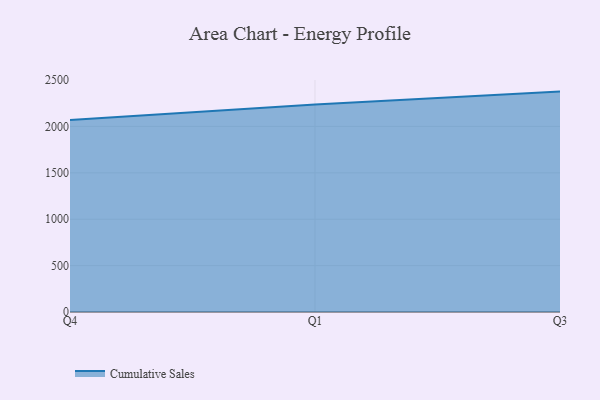
{"axis": {"x": "Quarter", "y": "Churn Rate (%)"}, "legend": ["Cumulative Sales"], "data": [{"x": "Q4", "y": 2068.5, "type": "Cumulative Sales"}, {"x": "Q1", "y": 2236.5, "type": "Cumulative Sales"}, {"x": "Q3", "y": 2375.7, "type": "Cumulative Sales"}]}